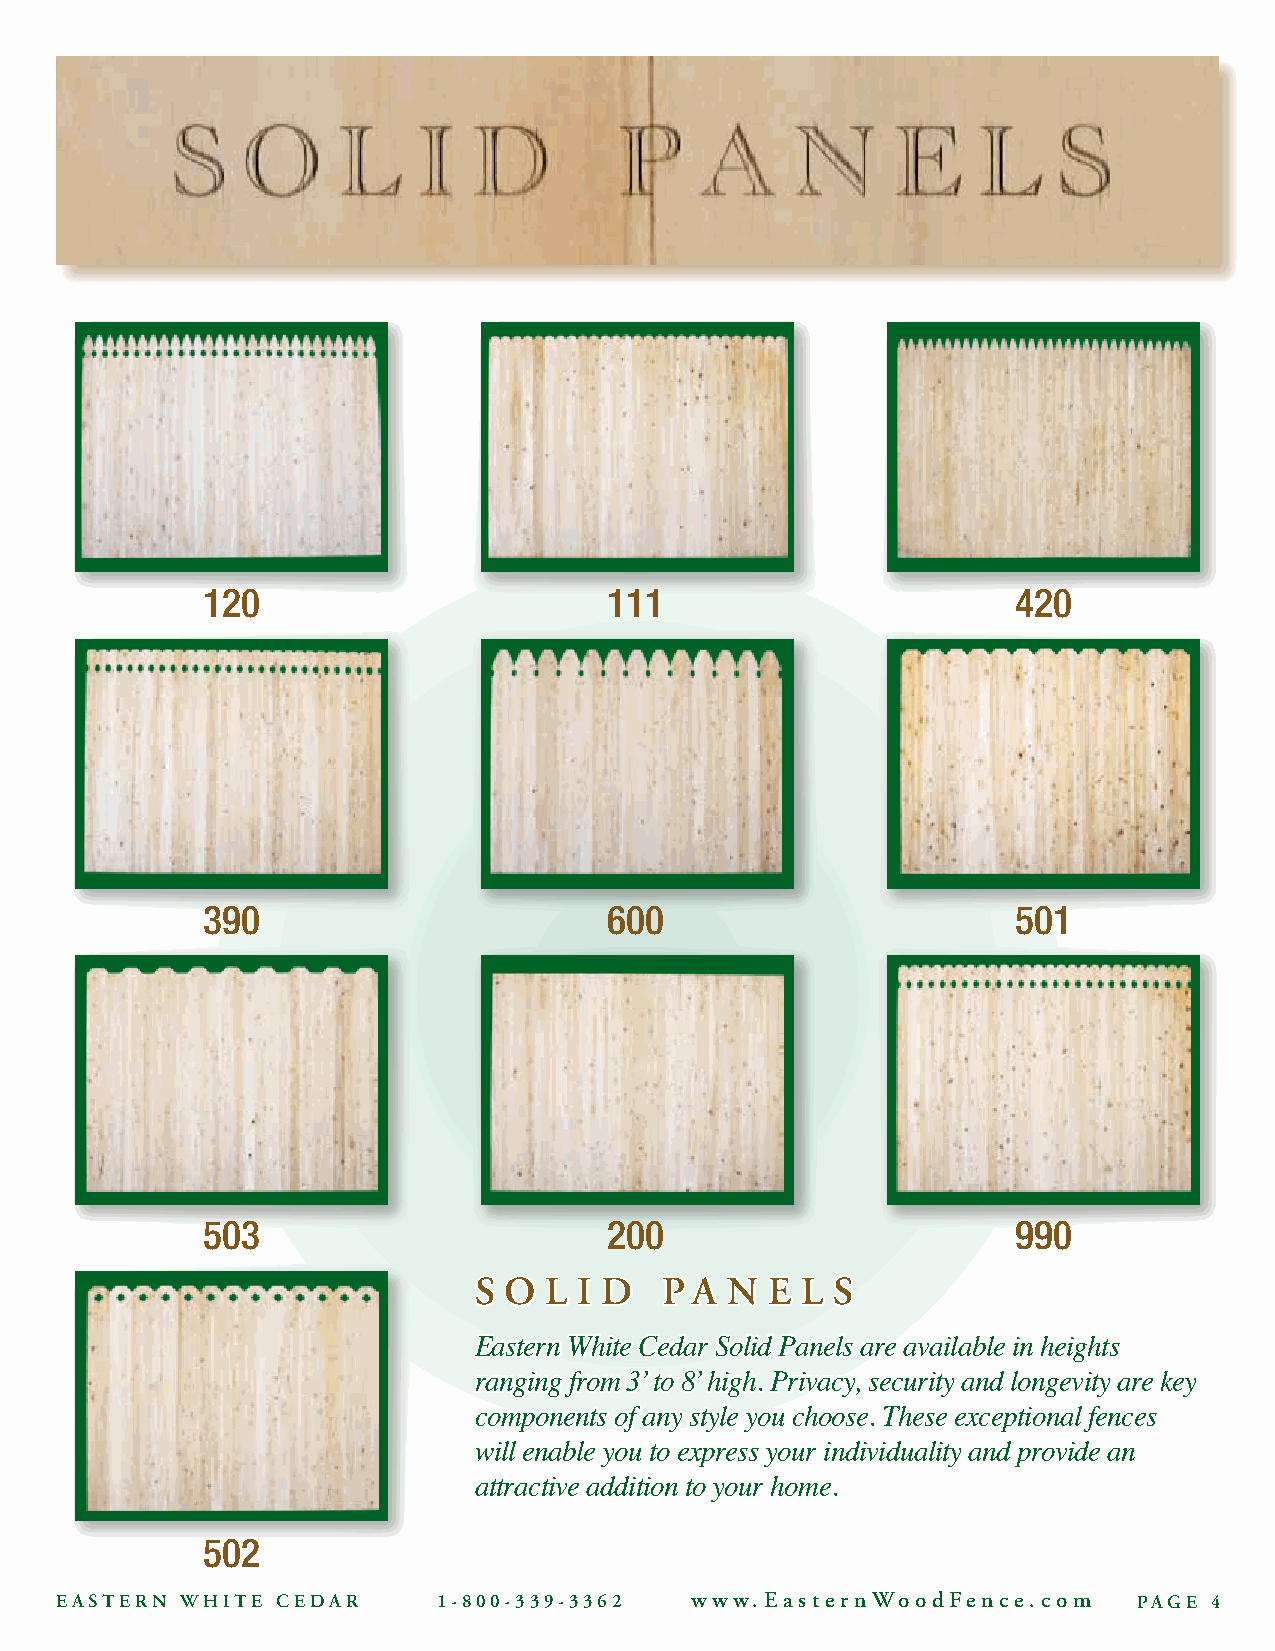
120                        111                        420
 390                        600                        501
 503                        200                        990
 S O  L I D   P A N  E L S
 Eastern White Cedar Solid Panels are available in heights
 ranging from 3’ to 8’ high. Privacy, security and longevity are key
 components of any style you choose. These exceptional fences
 will enable you to express your individuality and provide an
 attractive addition to your home.
 502
 EASTERN WHITE CEDAR      1-800-339-3362   www.EasternWoodFence.com     PAGE 4